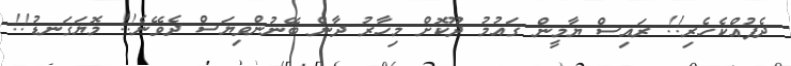
ދެފުއްކެހެރި!! ރައިސް ޔާމީން ގައުމު ދޫކޮށް މިހާރު ދާން ބޭނުންވިޔަސް ދެވޭނެ!! މޮޔަގަނޑު!!